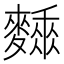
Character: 𪍰